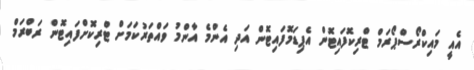
އެއީ މައިކްރޯސްޕޯރަމް ޓްރިކޮފައިޓޮން އެޕިޑަމޮފައިޓޮން އަދި އެންމެ އާންމު ވައްތަރުކަމަށް ޓްރިކޮށްފައިޓޮން ރަބްރަމް